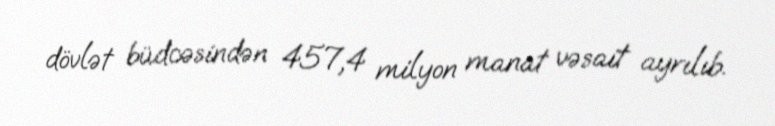
dövlət büdcəsindən 457,4 milyon manat vəsait ayrılıb.